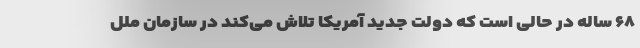
۶۸ ساله در حالی است که دولت جدید آمریکا تلاش می‌کند در سازمان ملل